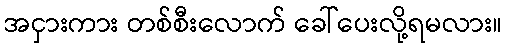
အငှားကား တစ်စီးလောက် ခေါ်ပေးလို့ရမလား။